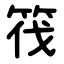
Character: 筏